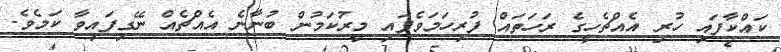
ކައްކާފައި ހުރި އެއްޗެހީގެ ރަހަތައް ފުރިހަމަވެފައި މީރުކަމުން ބުނާނެ އެއްޗެއް ނޭގިފައިވާ ކަމެވެ.